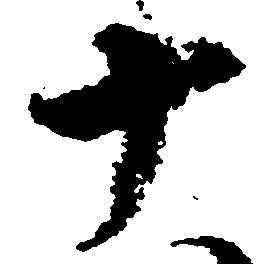
十